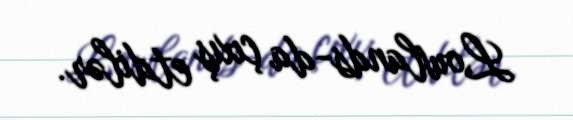
Lowlands-da çıxış etdilər.